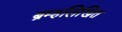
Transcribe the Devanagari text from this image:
ब्रम्हलिखित